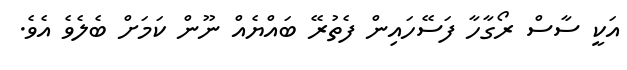
އަކީ ސާސް ރޯގާހާ ފަސޭހައިން ފެތުރޭ ބައްޔެއް ނޫން ކަމަށް ބެލެވެ އެވެ.